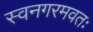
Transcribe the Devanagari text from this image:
स्वनगरमवतः